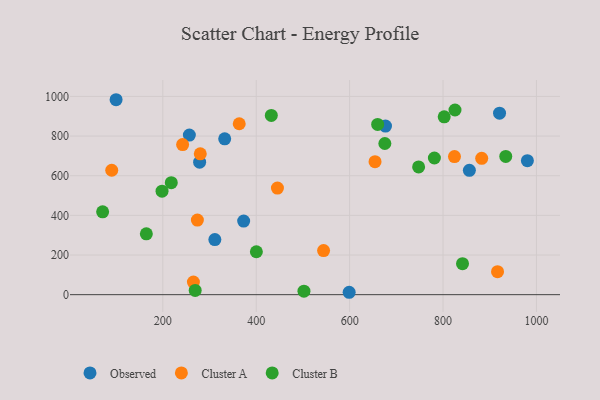
{"axis": {"x": "Distance", "y": "Salary"}, "legend": ["Cluster A", "Cluster B", "Observed"], "data": [{"x": "256.8", "y": 804.9, "type": "Observed"}, {"x": "921.0", "y": 915.7, "type": "Observed"}, {"x": "311.4", "y": 277.8, "type": "Observed"}, {"x": "373.1", "y": 371.2, "type": "Observed"}, {"x": "332.5", "y": 786.0, "type": "Observed"}, {"x": "278.8", "y": 668.5, "type": "Observed"}, {"x": "980.6", "y": 676.1, "type": "Observed"}, {"x": "99.9", "y": 983.3, "type": "Observed"}, {"x": "599.0", "y": 12.1, "type": "Observed"}, {"x": "676.8", "y": 850.4, "type": "Observed"}, {"x": "856.4", "y": 627.1, "type": "Observed"}, {"x": "265.5", "y": 63.3, "type": "Cluster A"}, {"x": "274.0", "y": 376.4, "type": "Cluster A"}, {"x": "916.7", "y": 115.8, "type": "Cluster A"}, {"x": "90.6", "y": 627.6, "type": "Cluster A"}, {"x": "280.2", "y": 710.4, "type": "Cluster A"}, {"x": "445.4", "y": 537.5, "type": "Cluster A"}, {"x": "654.4", "y": 671.0, "type": "Cluster A"}, {"x": "363.6", "y": 862.1, "type": "Cluster A"}, {"x": "824.5", "y": 696.5, "type": "Cluster A"}, {"x": "882.8", "y": 687.9, "type": "Cluster A"}, {"x": "242.4", "y": 757.1, "type": "Cluster A"}, {"x": "544.2", "y": 222.2, "type": "Cluster A"}, {"x": "802.5", "y": 897.1, "type": "Cluster B"}, {"x": "825.6", "y": 931.6, "type": "Cluster B"}, {"x": "400.3", "y": 216.5, "type": "Cluster B"}, {"x": "747.7", "y": 644.3, "type": "Cluster B"}, {"x": "164.7", "y": 306.9, "type": "Cluster B"}, {"x": "71.1", "y": 418.0, "type": "Cluster B"}, {"x": "269.3", "y": 21.4, "type": "Cluster B"}, {"x": "934.3", "y": 697.4, "type": "Cluster B"}, {"x": "502.2", "y": 17.9, "type": "Cluster B"}, {"x": "432.3", "y": 903.9, "type": "Cluster B"}, {"x": "675.4", "y": 762.5, "type": "Cluster B"}, {"x": "781.5", "y": 689.3, "type": "Cluster B"}, {"x": "198.3", "y": 522.0, "type": "Cluster B"}, {"x": "218.1", "y": 564.9, "type": "Cluster B"}, {"x": "660.0", "y": 858.6, "type": "Cluster B"}, {"x": "841.7", "y": 156.4, "type": "Cluster B"}]}